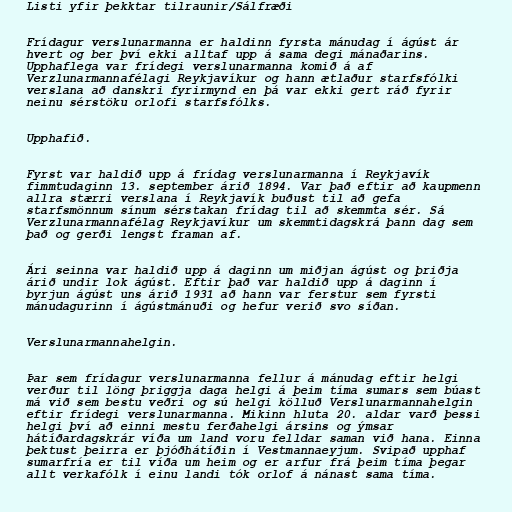
Listi yfir þekktar tilraunir/Sálfræði

Frídagur verslunarmanna er haldinn fyrsta mánudag í ágúst ár
hvert og ber því ekki alltaf upp á sama degi mánaðarins.
Upphaflega var frídegi verslunarmanna komið á af
Verzlunarmannafélagi Reykjavíkur og hann ætlaður starfsfólki
verslana að danskri fyrirmynd en þá var ekki gert ráð fyrir
neinu sérstöku orlofi starfsfólks.

Upphafið.

Fyrst var haldið upp á frídag verslunarmanna í Reykjavík
fimmtudaginn 13. september árið 1894. Var það eftir að kaupmenn
allra stærri verslana í Reykjavík buðust til að gefa
starfsmönnum sínum sérstakan frídag til að skemmta sér. Sá
Verzlunarmannafélag Reykjavíkur um skemmtidagskrá þann dag sem
það og gerði lengst framan af.

Ári seinna var haldið upp á daginn um miðjan ágúst og þriðja
árið undir lok ágúst. Eftir það var haldið upp á daginn í
byrjun ágúst uns árið 1931 að hann var ferstur sem fyrsti
mánudagurinn í ágústmánuði og hefur verið svo síðan.

Verslunarmannahelgin.

Þar sem frídagur verslunarmanna fellur á mánudag eftir helgi
verður til löng þriggja daga helgi á þeim tíma sumars sem búast
má við sem bestu veðri og sú helgi kölluð Verslunarmannahelgin
eftir frídegi verslunarmanna. Mikinn hluta 20. aldar varð þessi
helgi því að einni mestu ferðahelgi ársins og ýmsar
hátíðardagskrár víða um land voru felldar saman við hana. Einna
þektust þeirra er þjóðhátíðin í Vestmannaeyjum. Svipað upphaf
sumarfría er til víða um heim og er arfur frá þeim tíma þegar
allt verkafólk í einu landi tók orlof á nánast sama tíma.